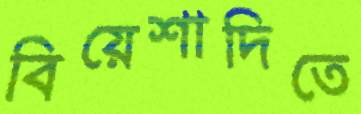
বিয়েশাদিতে